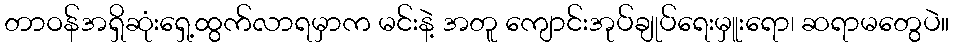
တာဝန်အရှိဆုံးရှေ့ထွက်လာရမှာက မင်းနဲ့ အတူ ကျောင်းအုပ်ချုပ်ရေးမှူးရော၊ ဆရာမတွေပဲ။